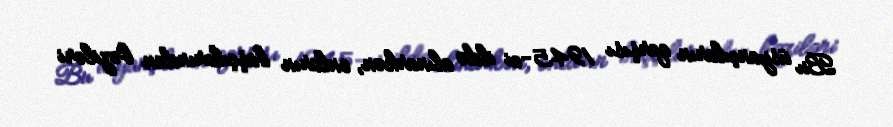
Bu üsyançıların qarşısı 1945-ci ildə alınarkən, onların başçılarından bəziləri